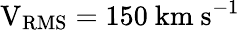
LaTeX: \mathrm{V_{RMS}}=150~\mathrm{km}~\mathrm{s}^{-1}